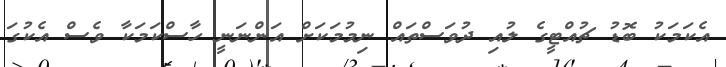
އެކަމަކު ބޮޑު ޗުއްޓީގެ ލުއި ދުވަސްތައް ނިމުމަކަށް އަންނަނީ ހާސްކަމަކާ ވެސް އެކުގަ